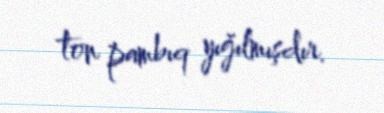
ton pambıq yığılmışdır.